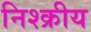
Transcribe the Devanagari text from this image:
निश्क्रीय